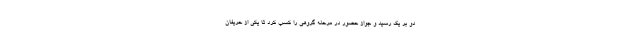
دو بر یک رسید و جواز حضور در مرحله گروهی را کسب کرد تا یکی از حریفان